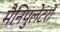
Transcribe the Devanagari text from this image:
मैनिपुलेटरों